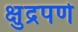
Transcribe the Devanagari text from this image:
क्षुद्रपणे